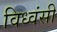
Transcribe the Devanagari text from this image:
विध्वंसी